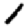
Digit: 1